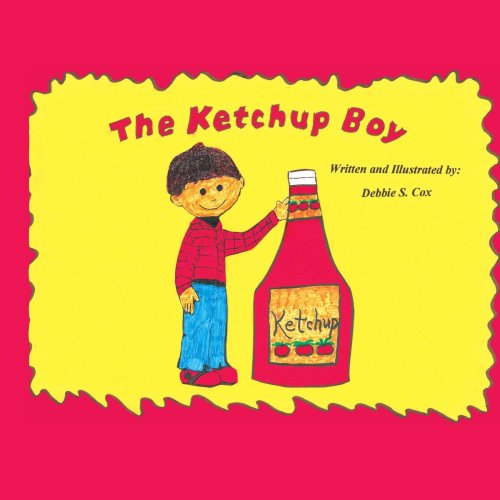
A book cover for The Ketchup Boy; Debbie Cox; Teen & Young Adult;